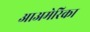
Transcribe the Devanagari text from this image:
आअमेरिका